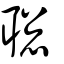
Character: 聡